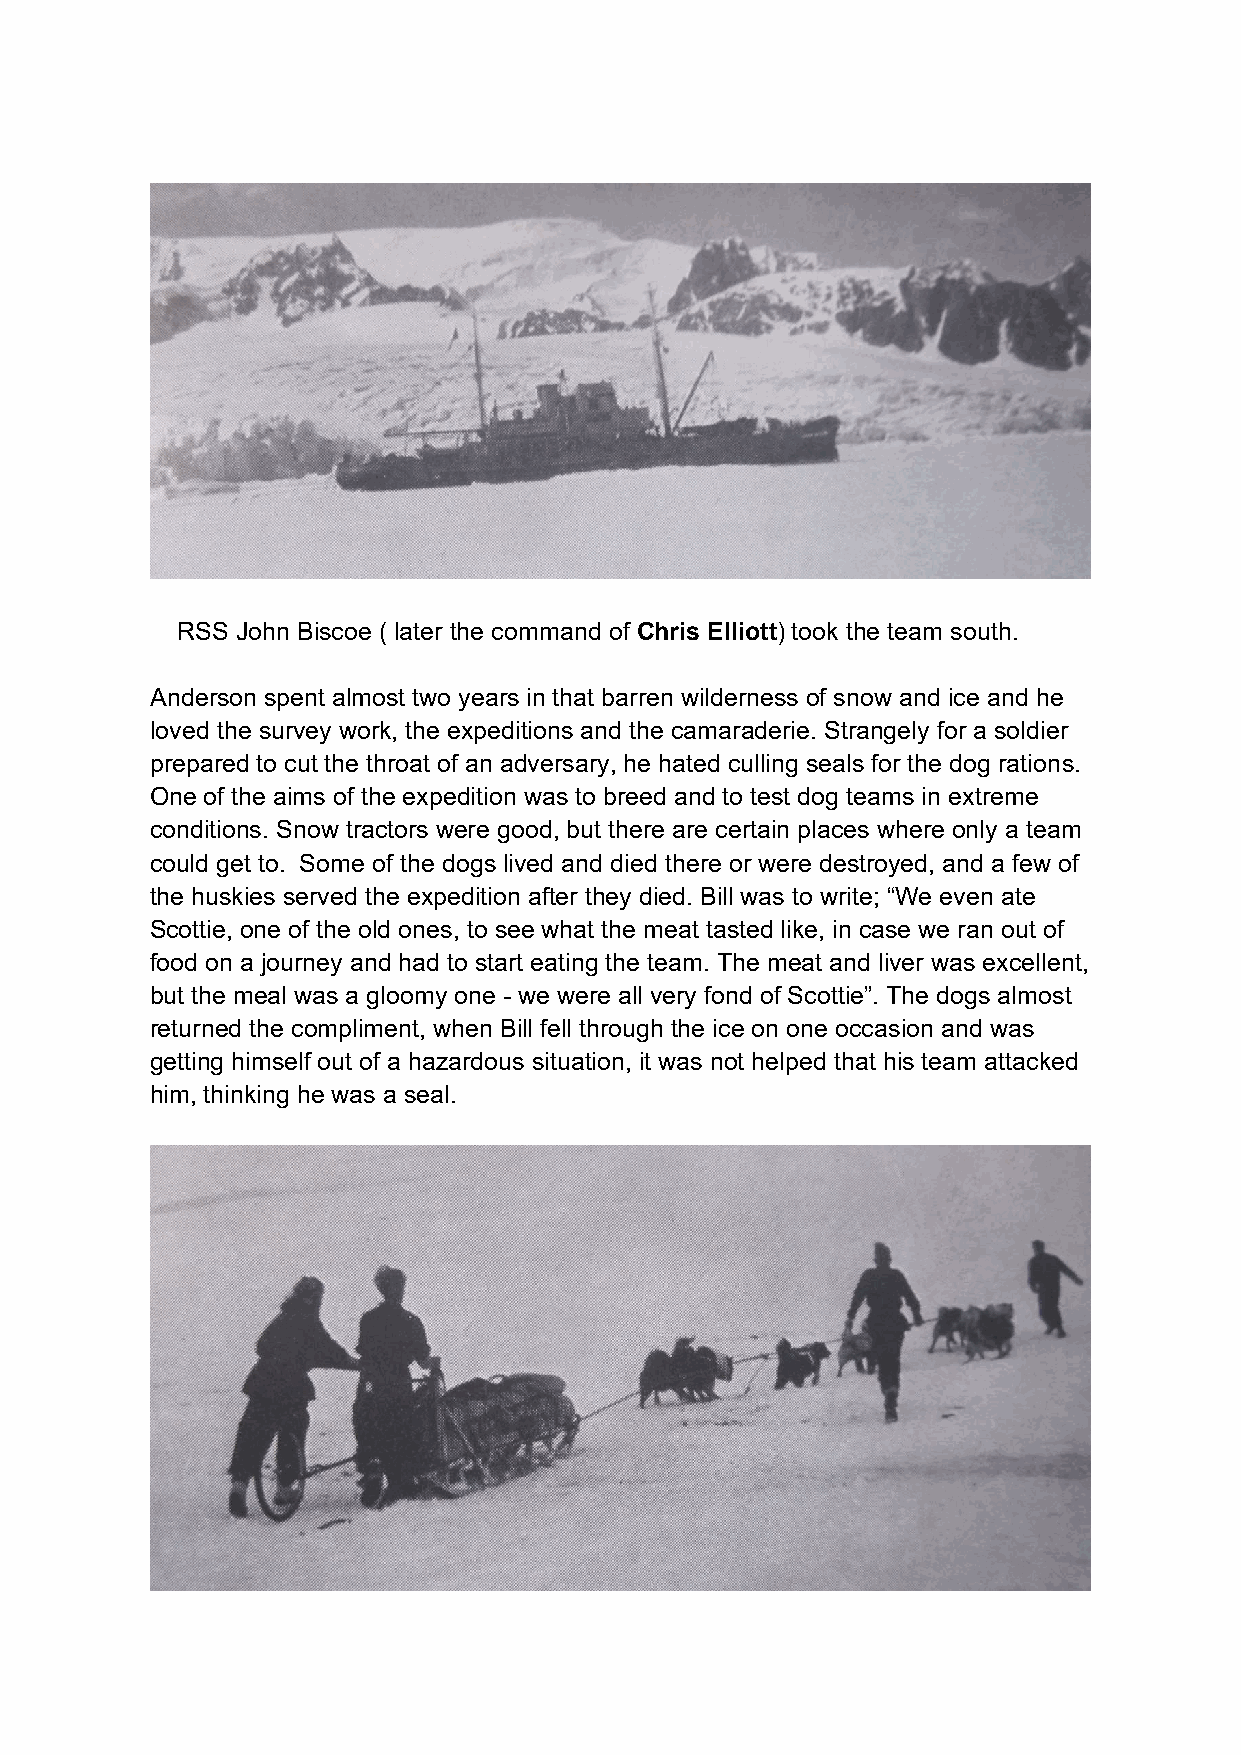
RSS John Biscoe ( later the command of Chris Elliott) took the team south.
 Anderson spent almost two years in that barren wilderness of snow and ice and he
 loved the survey work, the expeditions and the camaraderie. Strangely for a soldier
 prepared to cut the throat of an adversary, he hated culling seals for the dog rations.
 One of the aims of the expedition was to breed and to test dog teams in extreme
 conditions. Snow tractors were good, but there are certain places where only a team
 could get to. Some of the dogs lived and died there or were destroyed, and a few of
 the huskies served the expedition after they died. Bill was to write; “We even ate
 Scottie, one of the old ones, to see what the meat tasted like, in case we ran out of
 food on a journey and had to start eating the team. The meat and liver was excellent,
 but the meal was a gloomy one - we were all very fond of Scottie”. The dogs almost
 returned the compliment, when Bill fell through the ice on one occasion and was
 getting himself out of a hazardous situation, it was not helped that his team attacked
 him, thinking he was a seal.